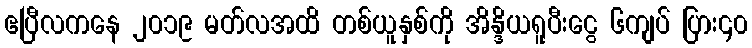
ဧပြီလကနေ ၂၀၁၉ မတ်လအထိ တစ်ယူနှစ်ကို အိန္ဒိယရူပီးငွေ ၆ကျပ် ပြား၄၀